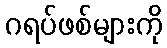
ဂရပ်ဖစ်များကို